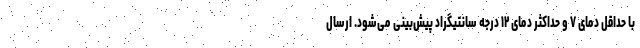
با حداقل دمای ۷ و حداکثر دمای ۱۲ درجه سانتیگراد پیش‌بینی می‌شود. ارسال